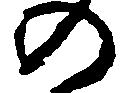
の